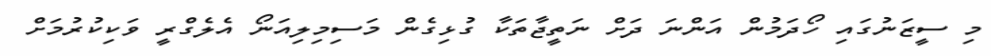
މި ސީޒަނުގައި ހޯދަމުން އަންނަ ދަށް ނަތީޖާތަކާ ގުޅިގެން މަސިމިލިއަނޯ އެލެގްރީ ވަކިކުރުމަށް